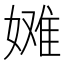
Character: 𫱞